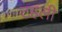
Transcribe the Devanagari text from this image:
टहली